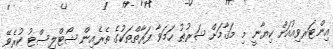
އިންޓަރވިއުއަށް ކިޔާނީ މި މަޤާމަށް ޝަރުޠު ހަމަވާ ފަރާތްތަކުގެ ތެރެއިން ޝޯޓްލިސްޓު ކުރެވޭ